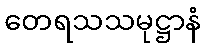
တေရသသမုဋ္ဌာနံ